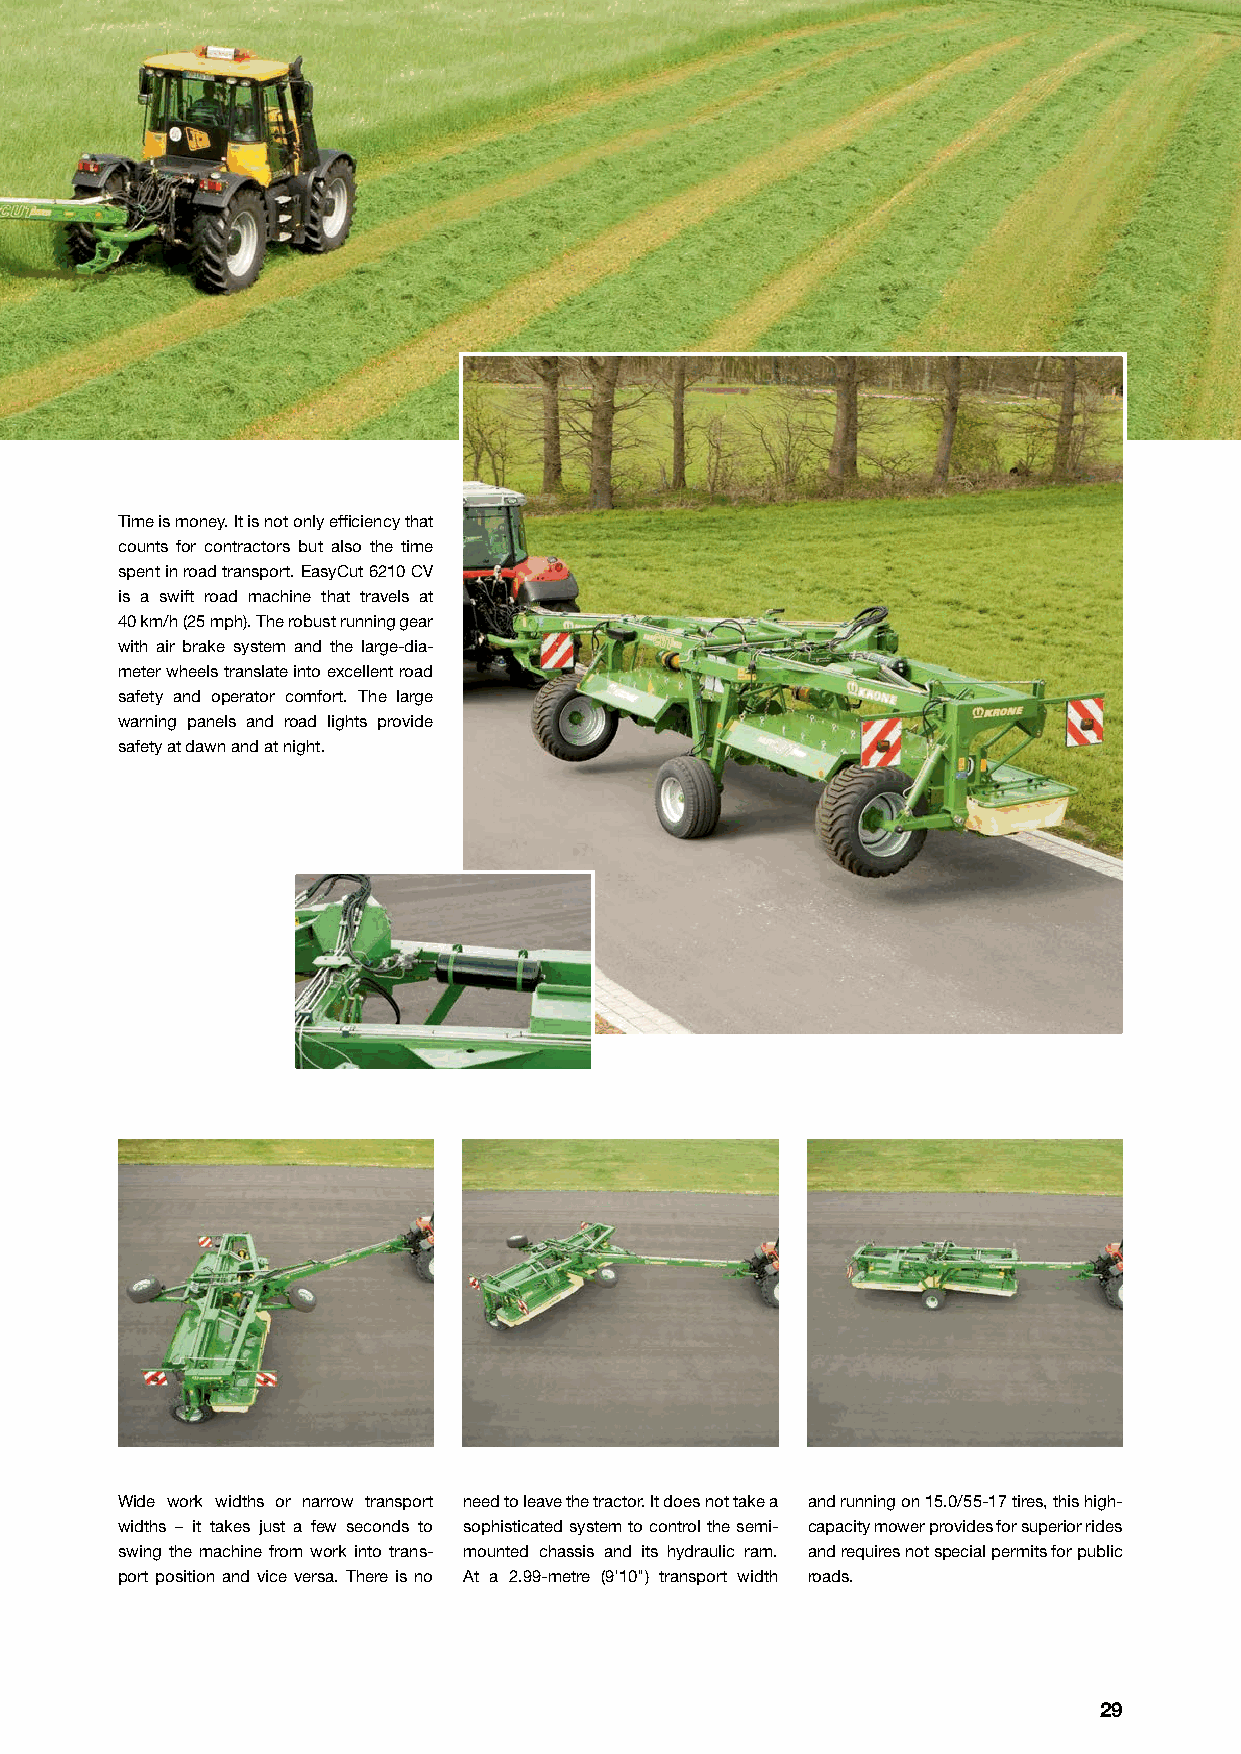
Time is money. It is not only effi ciency that
 counts for contractors but also the time
 spent in road transport. EasyCut 6210 CV
 is a swift road machine that travels at
 40 km/h (25 mph). The robust running gear
 with air brake system and the large-dia-
 meter wheels translate into excellent road
 safety and operator comfort. The large
 warning panels and road lights provide
 safety at dawn and at night.
 Wide work widths or narrow transport need to leave the tractor. It does not take a and running on 15.0/55-17 tires, this high-
 widths – it takes just a few seconds to sophisticated system to control the semi- capacity mower provides for superior rides
 swing the machine from work into trans- mounted chassis and its hydraulic ram. and requires not special permits for public
 port position and vice versa. There is no At a 2.99-metre (9'10") transport width roads.
 29